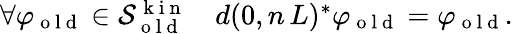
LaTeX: \begin{array}{r}{\forall\varphi_{\mathrm{~o~l~d~}}\in\mathcal{S}_{\mathrm{~o~l~d~}}^{\mathrm{~k~i~n~}}\quad d(0,n\, L)^{*}\varphi_{\mathrm{~o~l~d~}}=\varphi_{\mathrm{~o~l~d~}}.}\end{array}